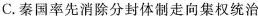
C.秦国率先消除分封体制走向集权统治